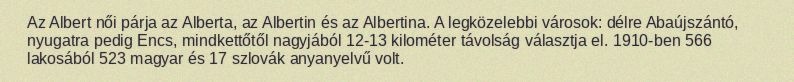
Az Albert női párja az Alberta, az Albertin és az Albertina. A legközelebbi városok: délre Abaújszántó, nyugatra pedig Encs, mindkettőtől nagyjából 12-13 kilométer távolság választja el. 1910-ben 566 lakosából 523 magyar és 17 szlovák anyanyelvű volt.